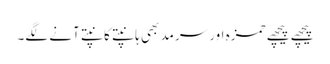
پیچھے پیچھے حمزہ اور سرمد بھی ہانپتے کانپتے آنے لگے۔